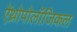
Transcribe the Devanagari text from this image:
ऐंथ्रोपोलॉजिकल